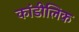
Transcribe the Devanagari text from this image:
कांडीलिक